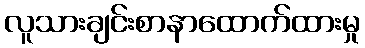
လူသားချင်းစာနာထောက်ထားမှု